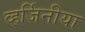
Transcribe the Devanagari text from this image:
व्हर्जिनीया